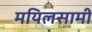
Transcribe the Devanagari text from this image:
मयिलसामी